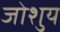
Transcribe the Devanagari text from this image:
जोशुय